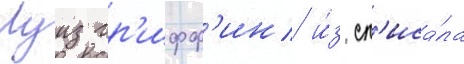
Луиз гр'ифф'ин и́з сп'иса́ла